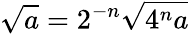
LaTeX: \sqrt{a}=2^{-n}\sqrt{4^{n}a}